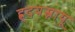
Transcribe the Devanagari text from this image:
ह्र्दयस्नायू